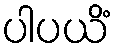
ပါပယိံ